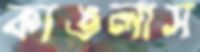
কাঙলাস